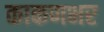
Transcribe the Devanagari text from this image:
काकणभर